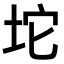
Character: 坨